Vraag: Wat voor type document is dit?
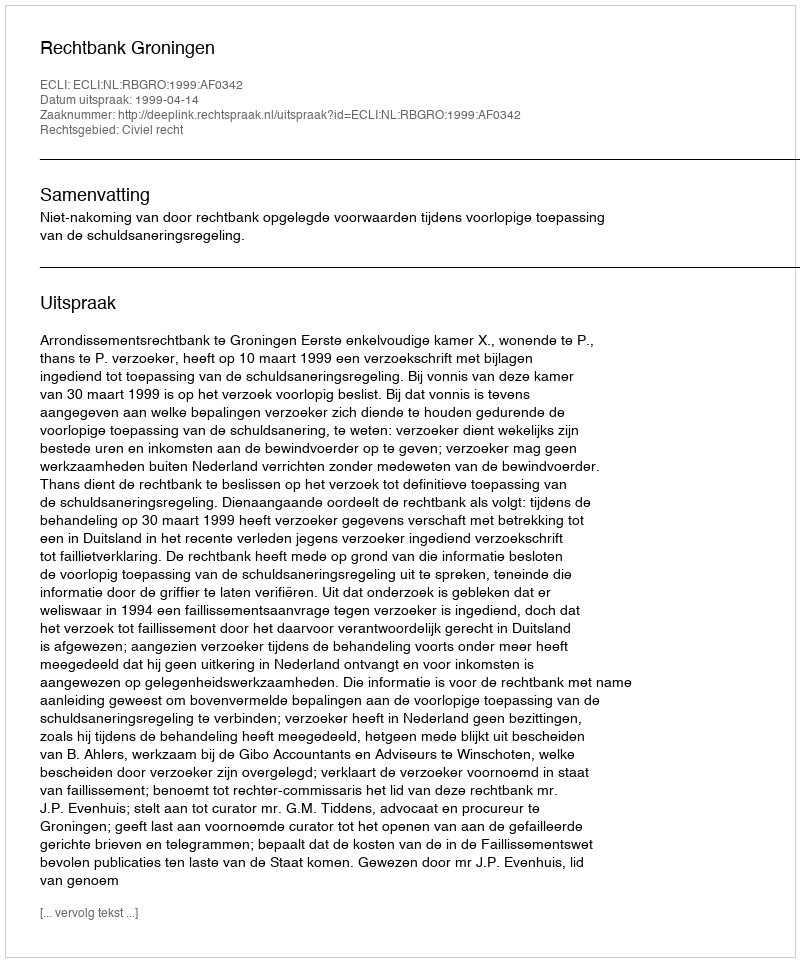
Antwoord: Uitspraak